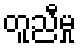
တူညီမှု